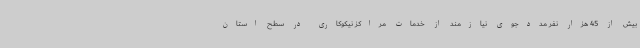
بیش از 45 هزار نفر مددجوی نیازمند از خدمات مراکز نیکوکاری در سطح استان